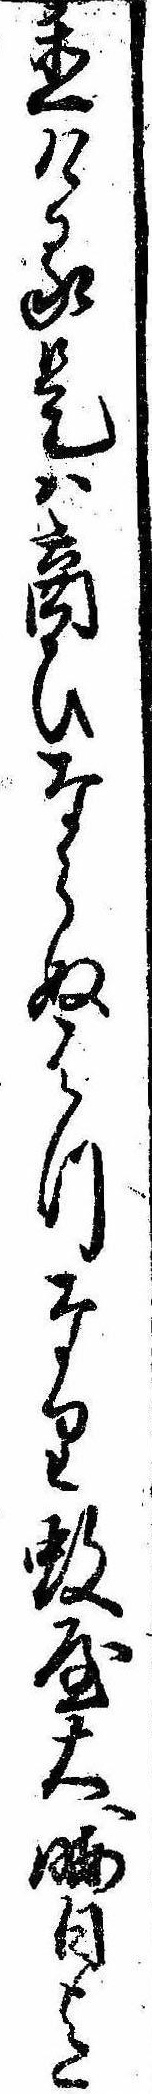
置ける是は商ひならぬはつなり蚊屋大晦日迄